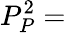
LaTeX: P_{P}^{2}=